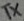
Text: Tx